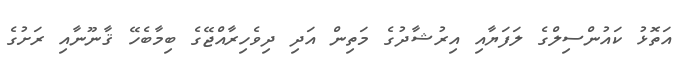
އަތޮޅު ކައުންސިލްގެ ލަފަޔާއި އިރުޝާދުގެ މަތިން އަދި ދިވެހިރާއްޖޭގެ ބިމާބެހޭ ޤާނޫނާއި ރަށުގެ